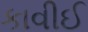
કાવીઈ